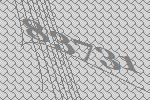
83731